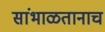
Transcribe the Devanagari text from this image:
सांभाळतानाच